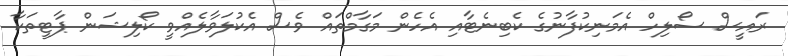
ރައީސް ސޯލިހް އެމަނިކުފާނުގެ ކެބިނެޓާއި އެހެން މަގާމްތައް ވެސް އެކުލަވާލެއްވީ ކޯލިޝަން ޕާޓީތަކާ